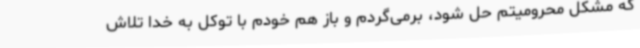
که مشکل محرومیتم حل شود، برمی‌گردم و باز هم خودم با توکل به خدا تلاش